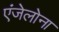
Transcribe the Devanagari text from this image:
एंजेलोना